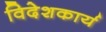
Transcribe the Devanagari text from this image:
विदेशकार्य